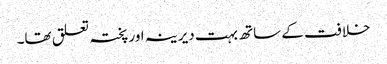
خلافت کے ساتھ بہت دیرینہ اور پختہ تعلق تھا۔